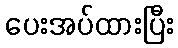
ပေးအပ်ထားပြီး